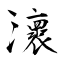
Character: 瀤